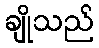
ချိုသည်